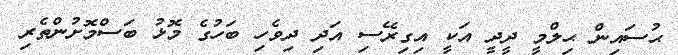
ޙުސައިން ޙިލްމީ ދީދީ އަކީ އިގިރޭސި އަދި ދިވެހި ބަހުގެ މޮޅު ބަސްމޮށުންތެރި